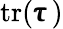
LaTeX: \textnormal{tr}(\pmb{\uptau})